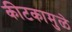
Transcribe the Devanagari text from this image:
कीटकामुळे